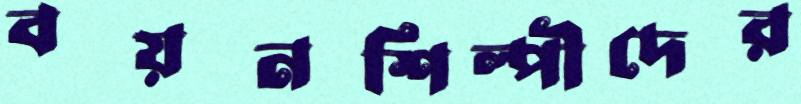
বয়নশিল্পীদের